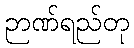
ဉာဏ်ရည်တု